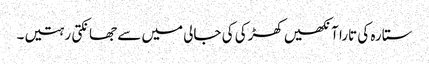
ستارہ کی تارا آنکھیں کھڑکی کی جالی میں سے جھانکتی رہتیں۔